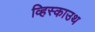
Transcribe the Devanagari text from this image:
व्हिस्काउथ